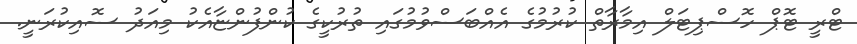
ޓްރީ ޓޮޕް ހޮސްޕިޓަލް އިމާރާތް ކުރުމުގެ އެއްބަސްވުމުގައި ތުރުކީގެ ކުންފުންޏާއެކު މިއަދު ސޮއިކުރަނީ.